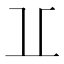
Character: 𠀌